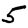
Digit: 5